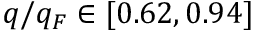
q / q _ { F } \in [ 0 . 6 2 , 0 . 9 4 ]